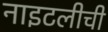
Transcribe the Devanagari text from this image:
नाइटलीची